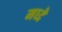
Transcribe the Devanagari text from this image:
मध्दे